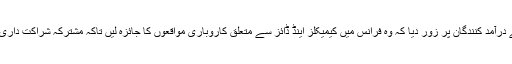
انہوںنے پاکستان کیمیکلز اینڈ ڈائز کے درآمد کنندگان پر زور دیا کہ وہ فرانس میں کیمیکلز اینڈ ڈائز سے متعلق کاروباری مواقعوں کا جائزہ لیں تاکہ مشترکہ شراکت داری اور کاروبار کی راہیں ہموار ہوسکیں۔